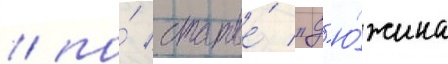
/ по́ статье́ "д'ю́жина